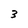
Character: 3